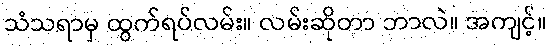
သံသရာမှ ထွက်ရပ်လမ်း။ လမ်းဆိုတာ ဘာလဲ။ အကျင့်။